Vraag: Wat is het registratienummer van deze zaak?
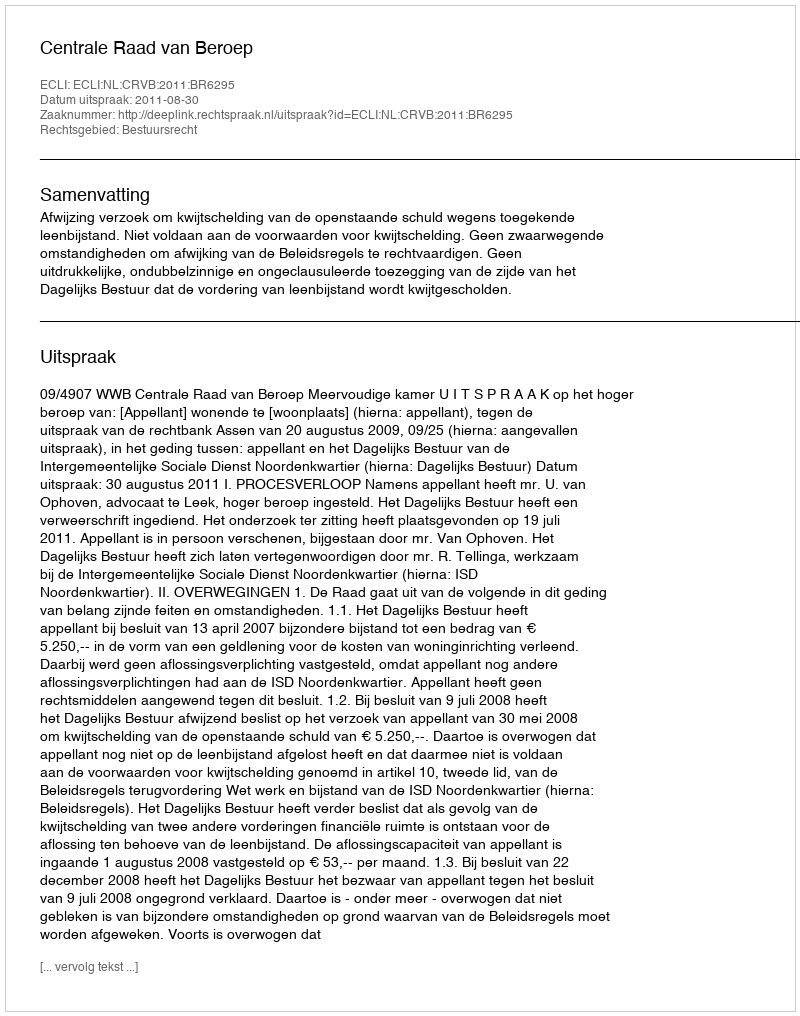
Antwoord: http://deeplink.rechtspraak.nl/uitspraak?id=ECLI:NL:CRVB:2011:BR6295